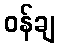
ဝန်ချ